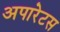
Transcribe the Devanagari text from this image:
अपारेटस